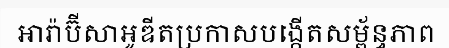
អារ៉ាប៊ីសាអូឌីតប្រកាសបង្កើតសម្ព័ន្ធភាព